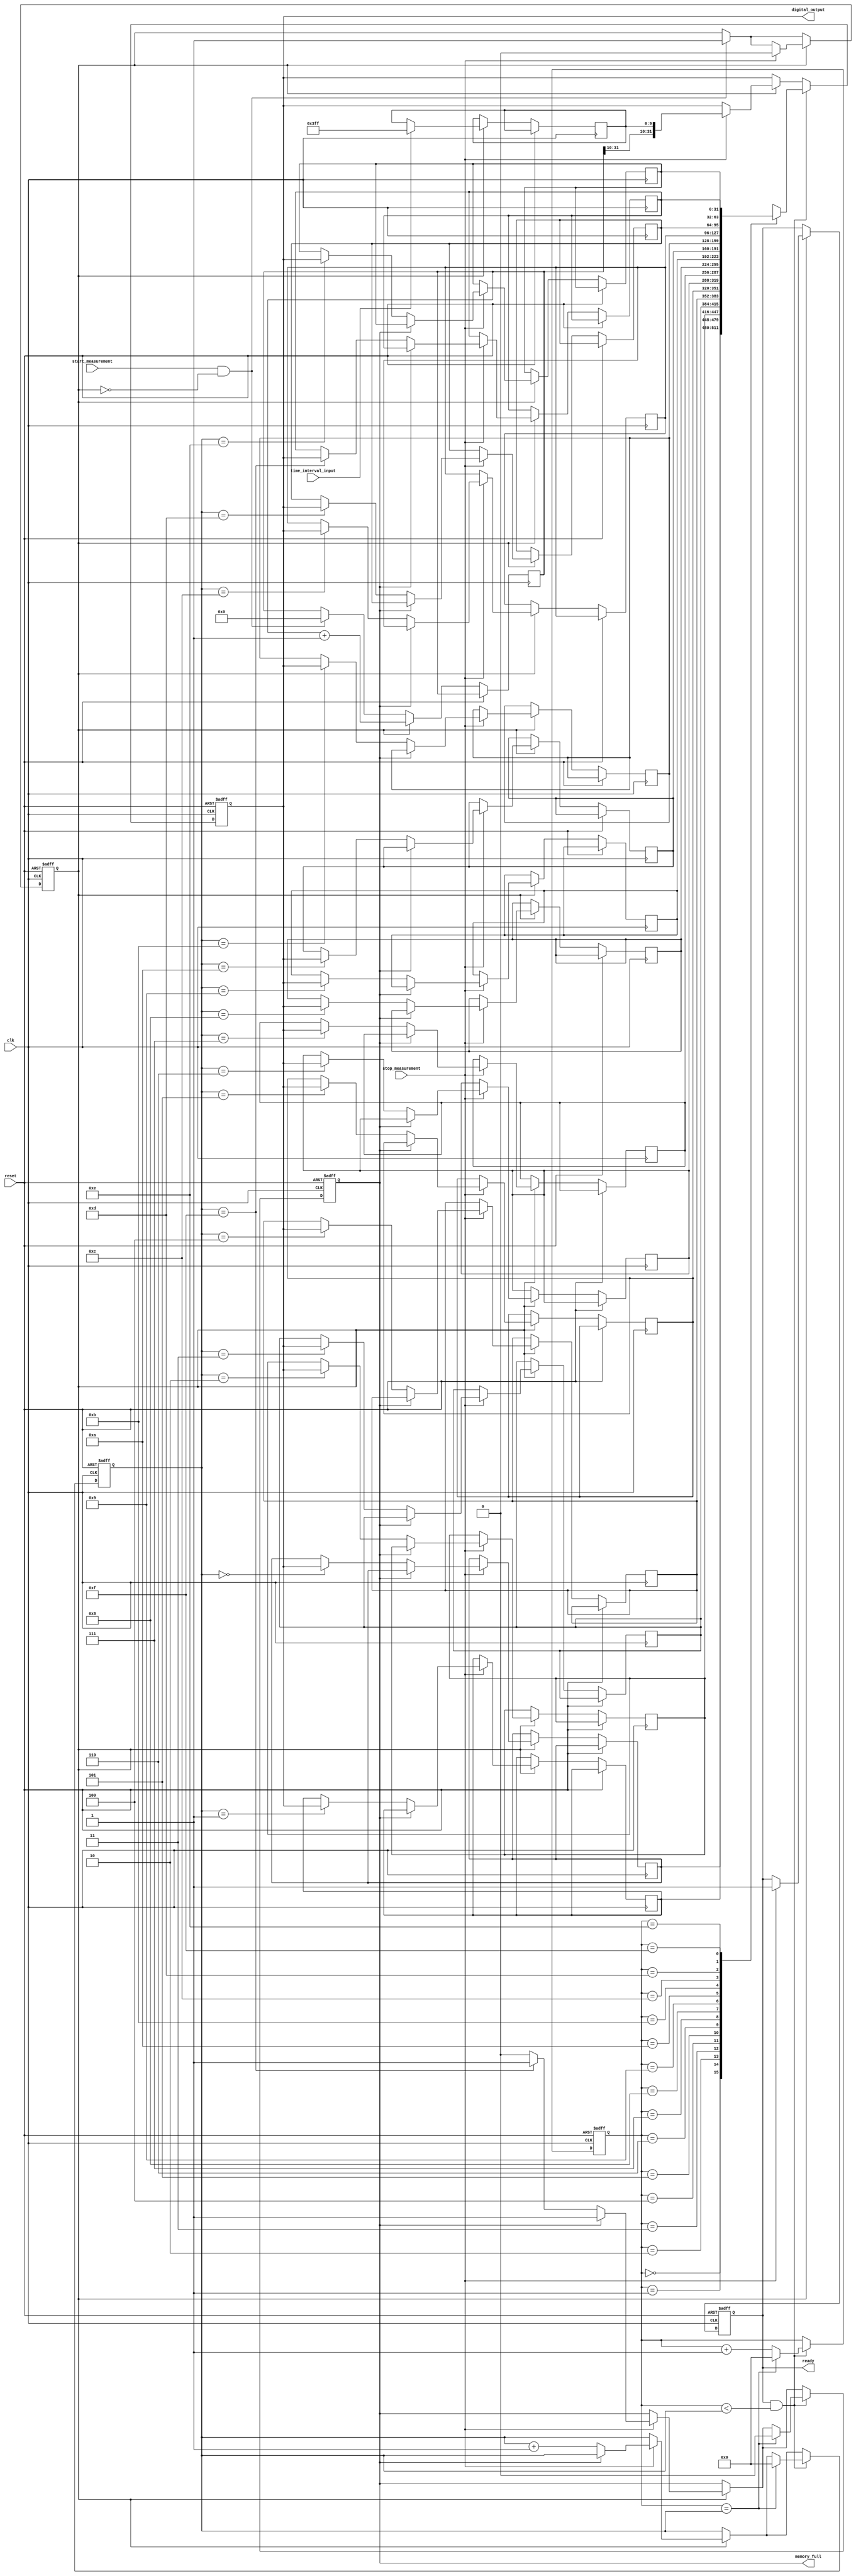
module HybridTDC (
    input wire clk,                    // System clock
    input wire reset,                  // Reset signal
    input wire start_measurement,      // Signal to start measurement
    input wire stop_measurement,       // Signal to stop measurement
    input wire time_interval_input,     // Time interval input pulse signal
    output reg [31:0] digital_output,  // Digital output for measured time
    output reg memory_full,            // Memory full indicator
    output reg ready                   // Ready signal
);

    // Parameters
    parameter MEMORY_DEPTH = 16;       // Depth of memory (FIFO size)
    parameter ADC_RESOLUTION = 10;      // Resolution of ADC (10-bit)
    
    // Internal signals
    reg [31:0] time_measurement_counter; // Digital counter for coarse measurement
    reg [ADC_RESOLUTION-1:0] adc_output; // ADC output for fine measurement
    reg [31:0] memory [0:MEMORY_DEPTH-1]; // Memory block (FIFO)
    reg [3:0] write_pointer, read_pointer; // Pointers for FIFO
    reg measuring;                       // Measuring state flag

    // State Machine for Control Logic
    always @(posedge clk or posedge reset) begin
        if (reset) begin
            measuring <= 1'b0;
            write_pointer <= 4'b0;
            read_pointer <= 4'b0;
            digital_output <= 32'b0;
            memory_full <= 1'b0;
            ready <= 1'b1;
        end else begin
            if (start_measurement && !measuring) begin
                measuring <= 1'b1;
                time_measurement_counter <= 32'b0; // Reset counter
            end
            
            if (measuring) begin
                time_measurement_counter <= time_measurement_counter + 1;
                
                // Simulate ADC conversion (for demonstration purpose)
                adc_output <= time_interval_input ? 10'b1111111111 : adc_output; // Example ADC behavior

                // Stop measurement
                if (stop_measurement) begin
                    measuring <= 1'b0;
                    // Combine coarse and fine measurements
                    digital_output <= {time_measurement_counter[31:ADC_RESOLUTION], adc_output};
                    
                    // Store in memory if not full
                    if (!memory_full) begin
                        memory[write_pointer] <= digital_output;
                        write_pointer <= write_pointer + 1;
                        if (write_pointer == MEMORY_DEPTH - 1) begin
                            memory_full <= 1'b1; // Memory is full
                        end
                    end
                    ready <= 1'b1; // Indicate ready for new measurement
                end
            end

            // Read from memory (example control for reading)
            if (ready && read_pointer < write_pointer) begin
                // Read from memory
                digital_output <= memory[read_pointer];
                read_pointer <= read_pointer + 1;
                
                // Reset memory full flag if all elements are read
                if (read_pointer == write_pointer) begin
                    memory_full <= 1'b0;
                    write_pointer <= 4'b0; // Reset write pointer
                    read_pointer <= 4'b0;  // Reset read pointer
                end
            end
        end
    end

endmodule